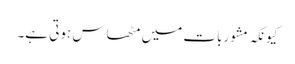
کیونکہ مشوربات میں مٹھاس ہوتی ہے۔